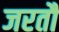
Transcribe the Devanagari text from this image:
जरतौ